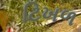
ટિખળ